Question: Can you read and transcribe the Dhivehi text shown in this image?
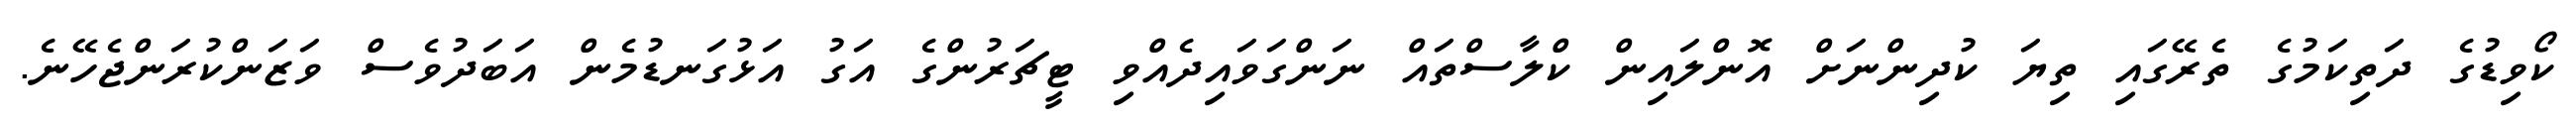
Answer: ކޯވިޑުގެ ދަތިކަމުގެ ތެރޭގައި ތިޔަ ކުދިންނަށް އޮންލައިން ކްލާސްތައް ނަންގަވައިދެއްވި ޓީޗަރުންގެ އަގު އަޅުގަނޑުމެން އަބަދުވެސް ވަޒަންކުރަންޖެހޭނެ.